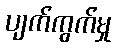
ပျက်ကွက်မှု